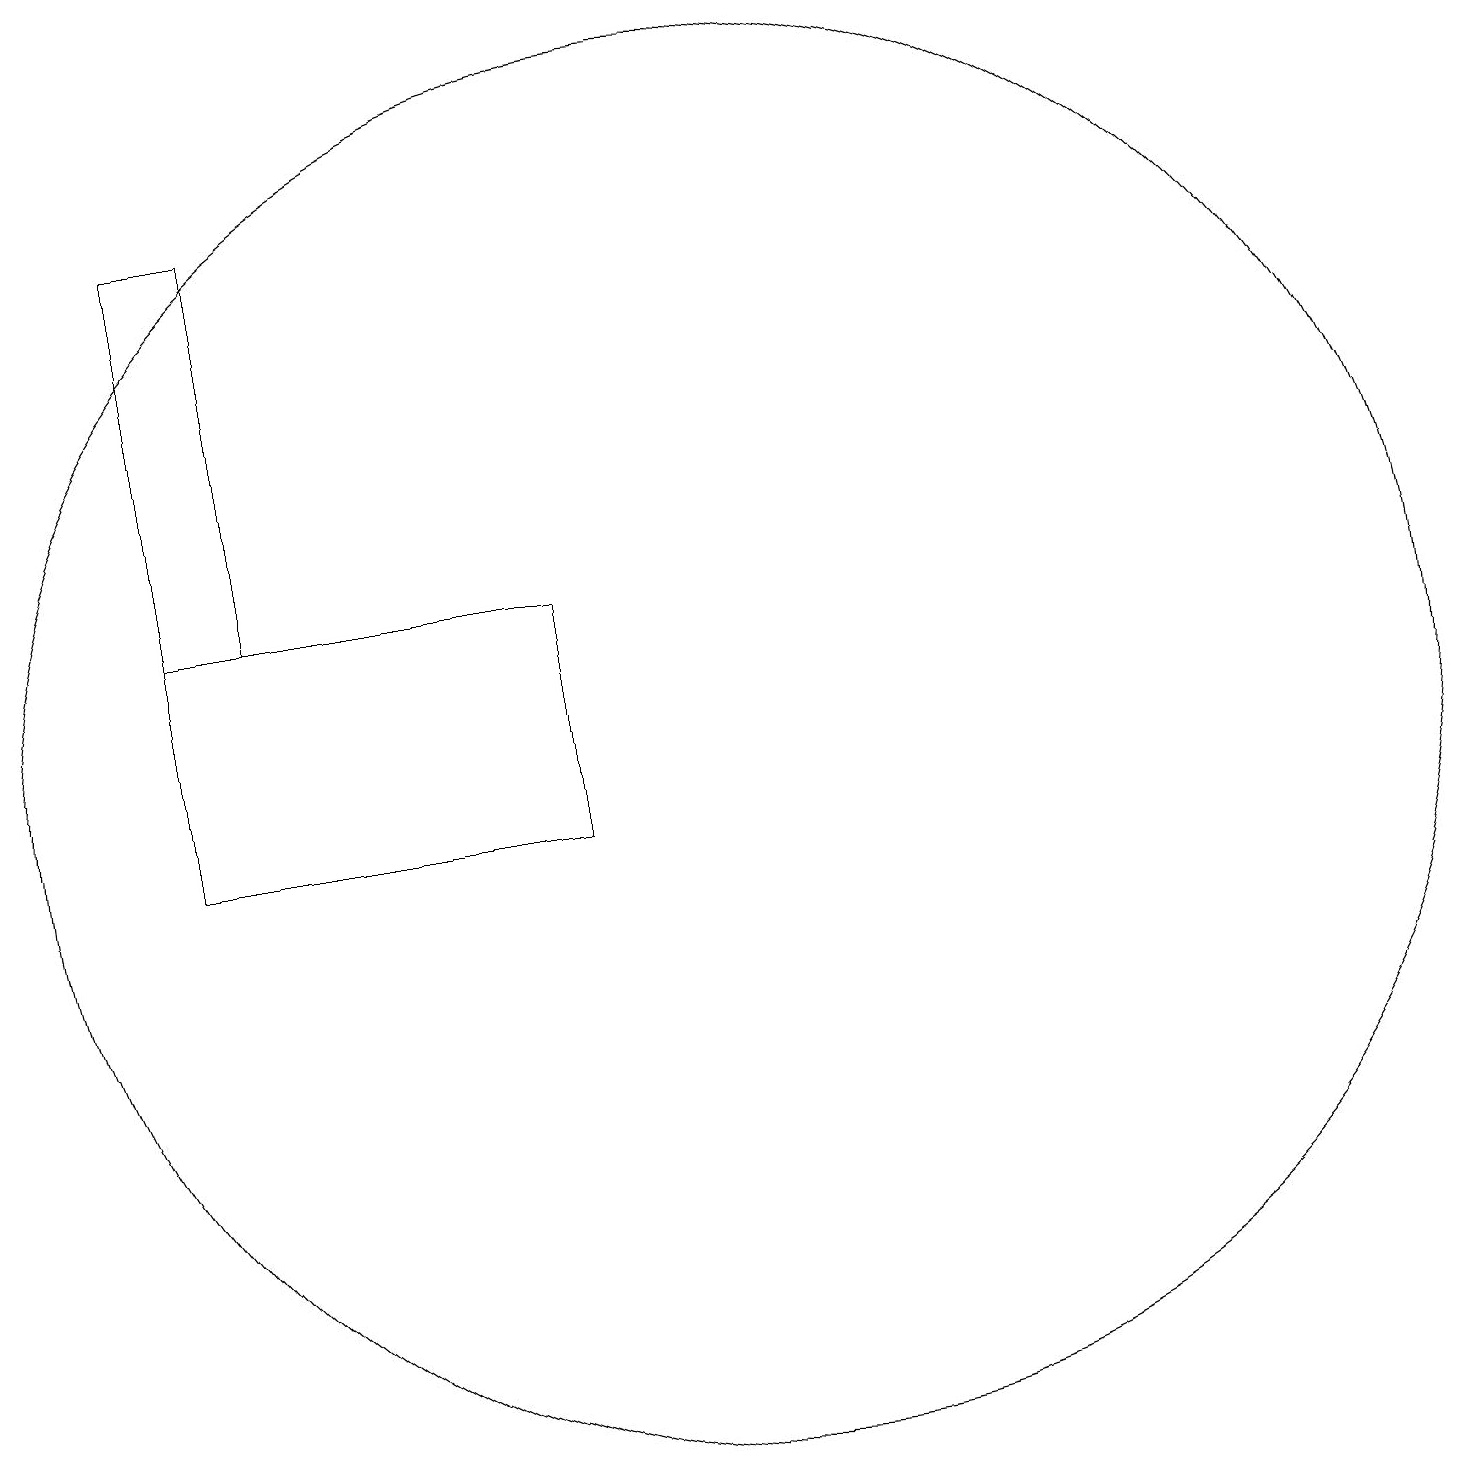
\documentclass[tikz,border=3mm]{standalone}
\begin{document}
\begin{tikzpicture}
\draw (9,11) rectangle (4,14);
\draw (11,12) circle (9);
\draw (4,19) rectangle (5,14);
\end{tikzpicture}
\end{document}